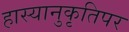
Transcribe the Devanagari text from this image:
हास्यानुकृतिपर